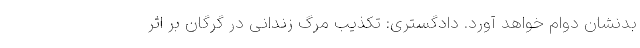
بدنشان دوام خواهد آورد. دادگستری: تکذیب مرگ زندانی در گرگان بر اثر